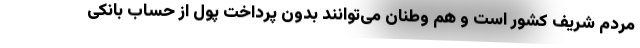
مردم شریف کشور است و هم وطنان می‌توانند بدون پرداخت پول از حساب بانکی